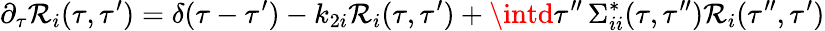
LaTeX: {}\partial_{\tau}\mathcal{R}_{i}(\tau,\tau^{\prime})=\delta(\tau-\tau^{\prime})-k_{2i}\mathcal{R}_{i}(\tau,\tau^{\prime})+\intd\tau^{\prime\prime}\, \Sigma_{ii}^{*}(\tau,\tau^{\prime\prime})\mathcal{R}_{i}(\tau^{\prime\prime},\tau^{\prime})